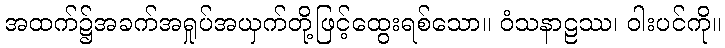
အထက်၌အခက်အရှုပ်အယှက်တို့ဖြင့်ထွေးရစ်သော။ ဝံသနာဠဿ၊ ဝါးပင်ကို။